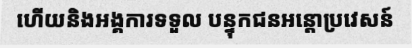
ហើយនិងអង្គការទទួល បន្ទុកជនអន្តោប្រវេសន៍